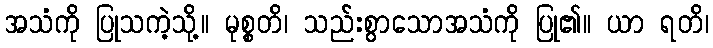
အသံကို ပြုသကဲ့သို့။ မုစ္စတိ၊ သည်းစွာသောအသံကို ပြု၏။ ယာ ရတိ၊